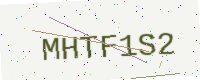
Text: MHTF1S2